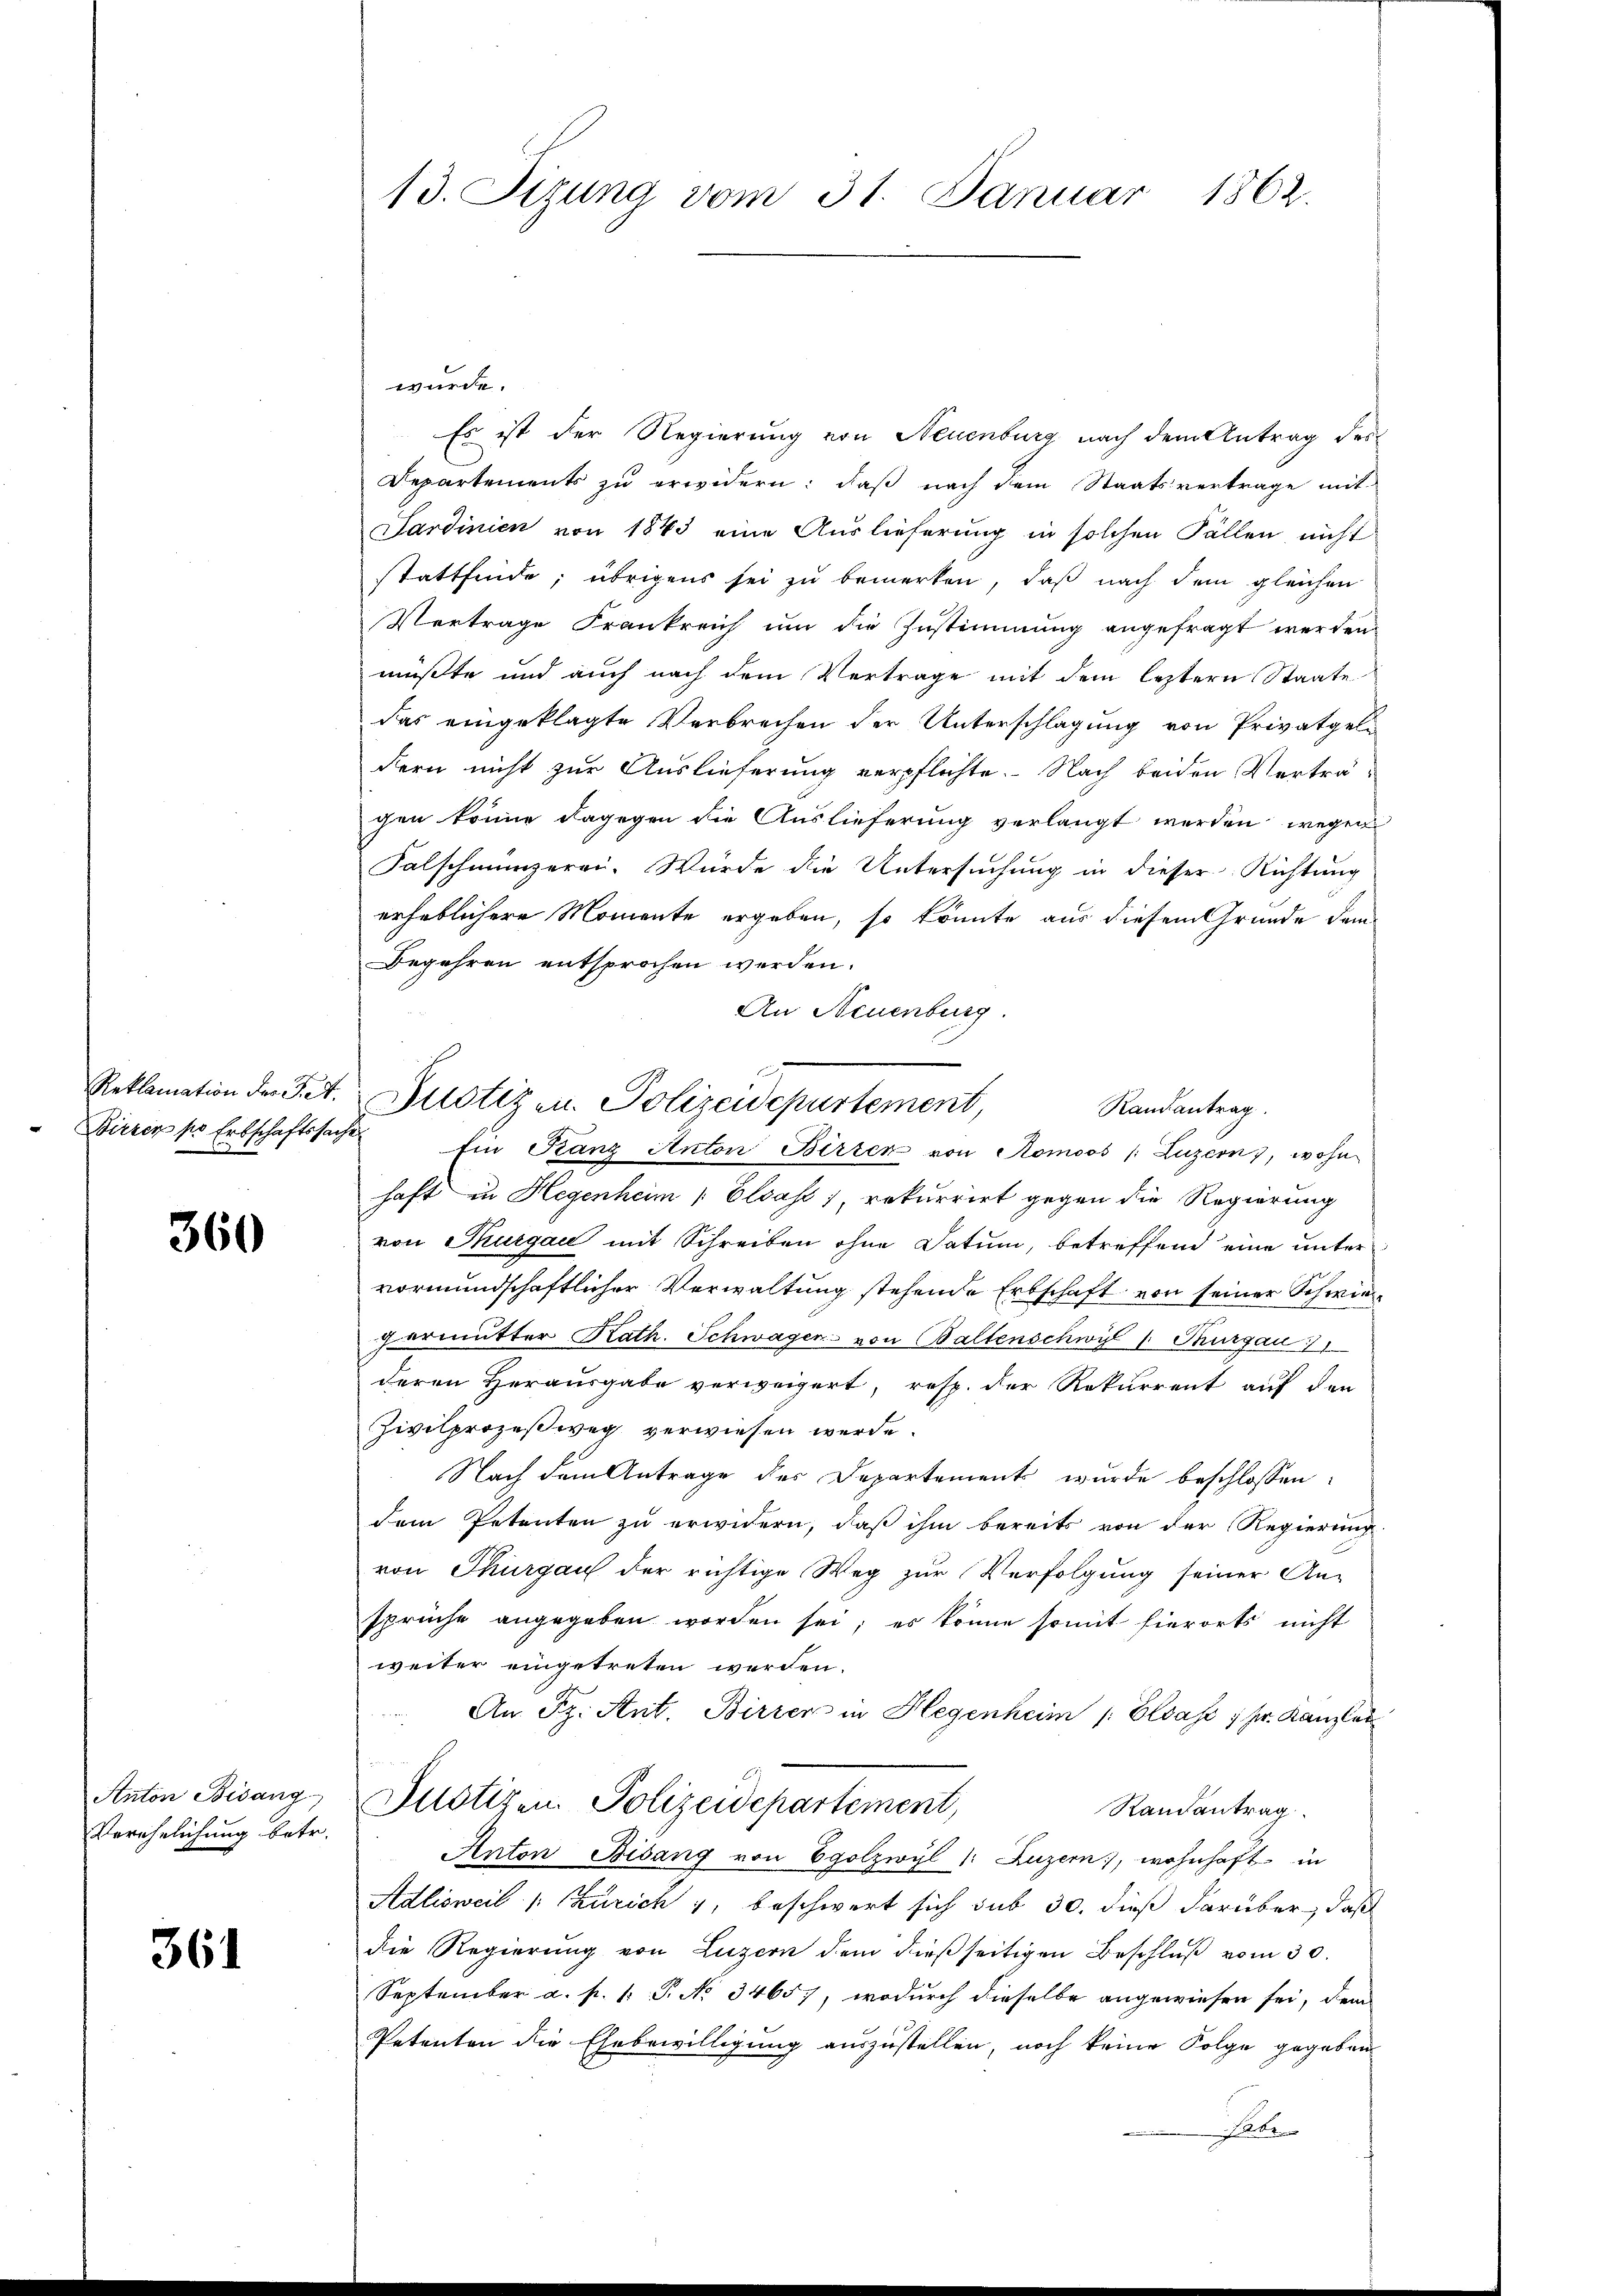
360

Anton Besang
Verehelichung betr.

361

wurde.
Es ist der Regierung von Neuenburg nach dem Antrag des
Departements zu erwidern: daß nach dem Staatsvertrage mit
Sardinien von 1843 eine Auslieferung in solchen Fällen nicht
stattfinde; übrigens sei zu bemerken, daß nach dem gleichen
Vertrage Frankreich um die Zustimmung angefragt werden,
müßte und auch nach dem Vertrage mit dem leztern Staate
das eingeklagte Verbrechen der Unterschlagung von Privatgeldern nicht zur Auslieferung verpflichte. Nach beiden Verträ-
gen könne dagegen die Auslieferung verlangt werden wegen
Falschmünzerei. Würde die Untersuchung in dieser Richtung
erheblichere Momente ergeben, so könnte aus diesem Grunde dem
Begehren entsprochen werden.
An Neuenburg.
Wircer pr Erbschaftssache Ein Ganz Anton Birten von Romoos (Luzern), wohn
haft in Hegenheim Elsass 1, rekurrirt gegen die Regierung
von Thurgau mit Schreiben ohne Datum, betreffend eine unter
vormundschaftlicher Verwaltung stehende Erbschaft von seiner Schwiegermutter Kath. Schwagen von Baltenschwil 1 Thurgau 1
deren Herausgabe verweigert, resp. der Rekurrent auf den
Zivilprozeßweg verwiesen werde.
Nach dem Antrage des Departement wurde beschlossen:
dem Petenten zu erwidern, daß ihm bereits von der Regierung
von Thurgau der richtige Weg zŭr Verfolgung seiner An-
sprüche angegeben worden sei; es könne somit hierorts nicht
weiter eingetreten werden.
An Fr. Ant. Birren in Hegenheim Elsass 1 Fr. Kanzlei
Justizen Polizeidepartement,
Randantrag
Anton Bisang von Egolzwyl 1: Luzern, wohnhaft in
Adlisweil (Zürich 1, beschwert sich sub 30. dieß darüber, daß
die Regierung von Luzern dem dießseitigen Beschluß vom 30.
September a. p. 1. P. No 34657, wodurch dieselbe angewiesen sei, dem
Petenten die Ehebewilligung auszustellen, noch keine Folge gegeben
 Ackere

13. Sizung vom 31. Januar 1862.

Reklamation der Tit. Justiz u. Polizeidepartement,
Randantrag